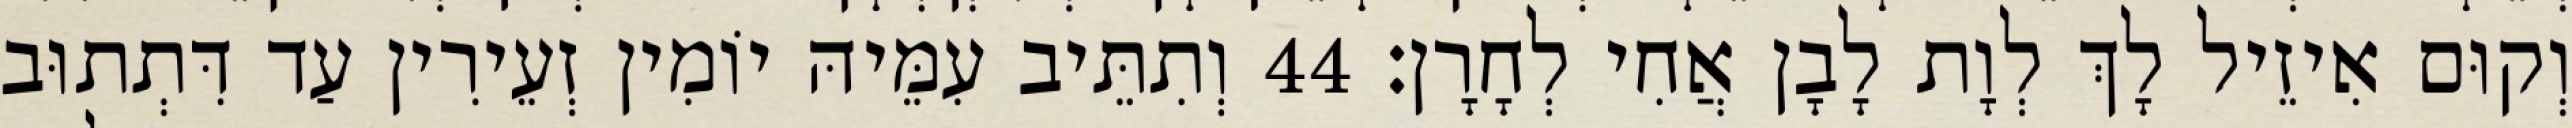
וְקוּם אִיזֵיל לָךְ לְוָת לָבָן אֲחִי לְחָרָן׃ 44 וְתִתֵּיב עִמֵּיהּ יוֹמִין זְעֵירִין עַד דִּתְתוּב